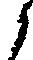
候